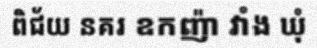
ពិជ័យ នគរ ឧកញ៉ា វាំង ឃុំ